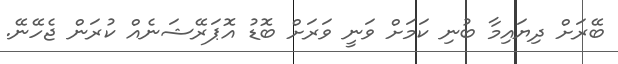
ބޭރަށް ދިޔައިމާ ބުނި ކަމަށް ވަނީ ވަރަށް ބޮޑު އޮޕަރޭޝަނެއް ކުރަން ޖެހޭނޭ.